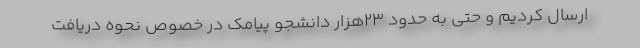
ارسال کردیم و حتی به حدود ۲۳هزار دانشجو پیامک در خصوص نحوه دریافت